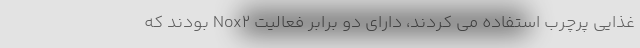
غذایی پرچرب استفاده می کردند، دارای دو برابر فعالیت Nox۲ بودند که